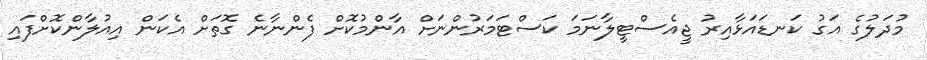
މުދަލުގެ އަގު ކަނޑައަޅާއިރު ޖީއެސްޓީލާނަމަ ކަސްޓަމަރުންނަށް އާންމުކޮށް ފެންނާނެ ގޮތަށް އެކަން އިއުލާންކޮށްފައި